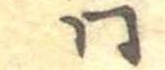
同